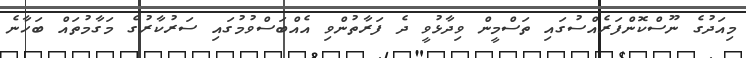
މިއަދުގެ ނޫސްކޮންފަރެއްސުގައި ތަސްމީން ވިދާޅުވީ ދެ ފަރާތުންވި އެއްބަސްވުމުގައި ސަރުކާރުގެ މަގާމުތައް ބަހާނެ